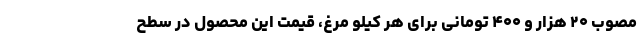
مصوب ۲۰ هزار و ۴۰۰ تومانی برای هر کیلو مرغ، قیمت این محصول در سطح